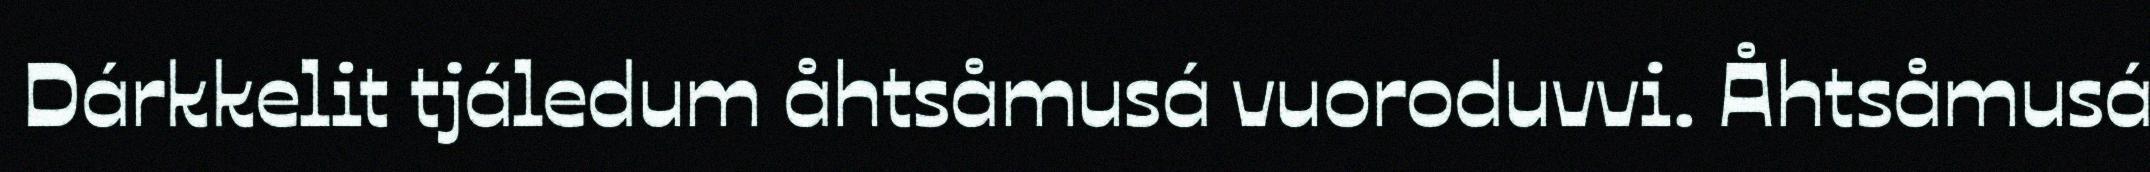
Dárkkelit tjáledum åhtsåmusá vuoroduvvi. Åhtsåmusá